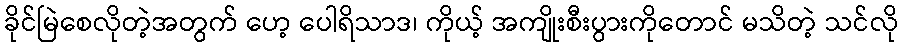
ခိုင်မြဲစေလိုတဲ့အတွက် ဟေ့ ပေါရိသာဒ၊ ကိုယ့် အကျိုးစီးပွားကိုတောင် မသိတဲ့ သင်လို